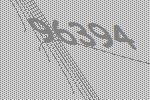
96394